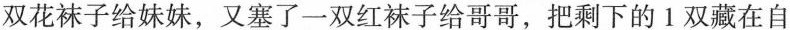
双花袜子给妹妹，又塞了一双红袜子给哥哥，把剩下的1双藏在自